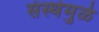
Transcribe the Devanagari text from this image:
संस्थेमुळे